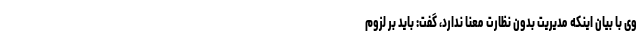
وی با بیان اینکه مدیریت بدون نظارت معنا ندارد، گفت: باید بر لزوم